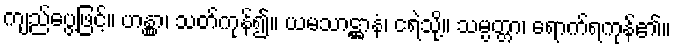
ကျည်ပွေ့ဖြင့်။ ဟန္တွာ၊ သတ်ကုန်၍။ ယမသာဋ္ဌာနံ၊ ငရဲသို့။ သမ္ပတ္တာ၊ ရောက်ရကုန်၏။